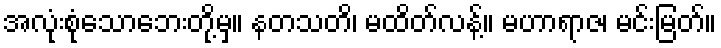
အလုံးစုံသောဘေးတို့မှ။ နတသတိ၊ မထိတ်လန့်။ မဟာရာဇ၊ မင်းမြတ်။